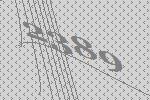
2389